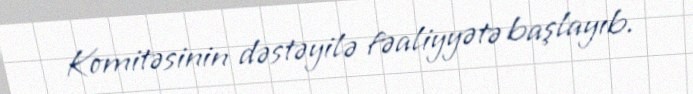
Komitəsinin dəstəyilə fəaliyyətə başlayıb.